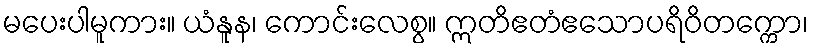
မပေးပါမူကား။ ယံနူန၊ ကောင်းလေစွ။ ဣတိဧတံဧသောပရိဝိတက္ကော၊